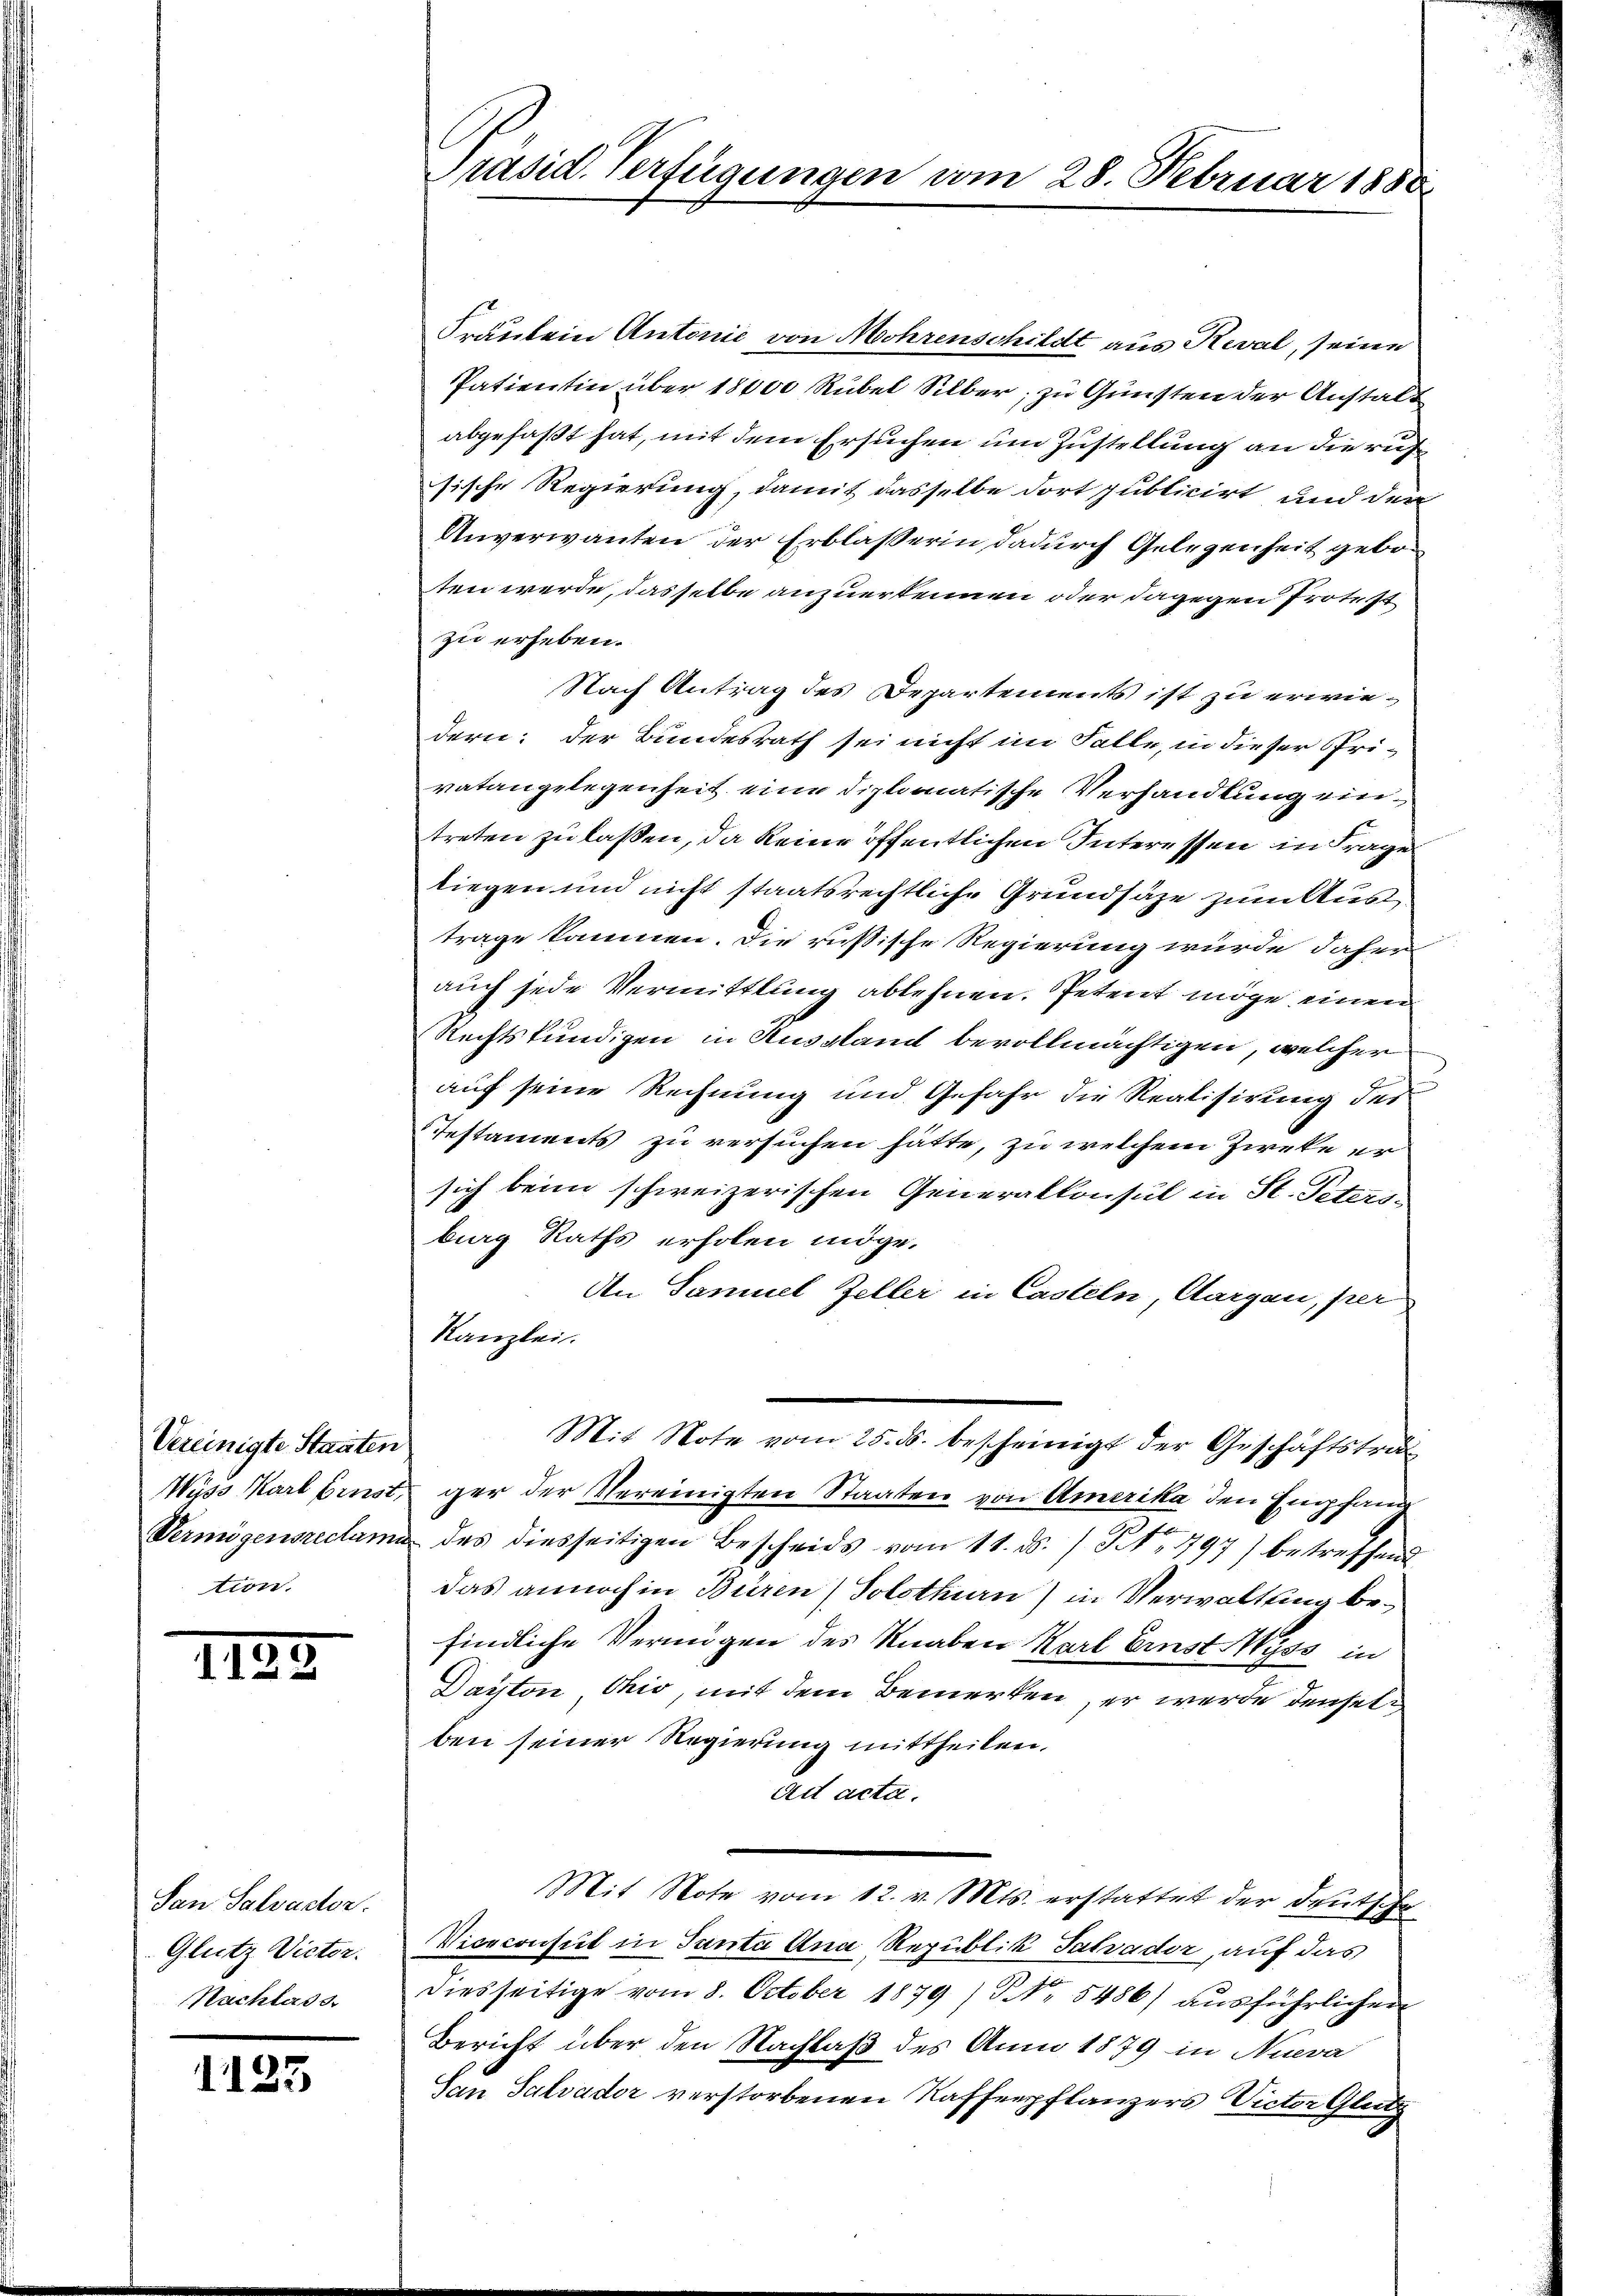
Vereinigte Staaten
tion.

1122

San Salvactor.
Glutz Victor.
Nachlass

1125

Fräulein Antonie von Mohrenschildt aus Reval, seine
Patientin über 18000 Rubel Silber, zu Gunsten der Anstalt
abgefaßt hat, mit dem Ersuchen um Zustellung an die russische Regierung, damit dasselbe dort publicirt und der
Unverwanten der Erblasserin dadurch Gelegenheit geboten werde, dasselbe anzuerkennen oder dagegen Protest
zu erheben.
Nach Antrag des Departements ist zu erwiedern: der Bundesrath sei nicht im Falle, in dieser Privatangelegenheit eine diplomatische Verhandlung eintreten zu laßen, da keine öffentlichen Interessen in Frage
liegen und nicht staatsrechtliche Grundsäze zum Aus
trage kommen. Die rußische Regierung würde daher
auch jede Vermittlung ablehnen. Petent möge einen
Rechtskundigen in Aussland bevollmächtigen, welcher
auf seine Rechnung und Gefahr die Realisirung des
Iestaments zu versuchen hätte, zu welchem Zweke ersich beim schweizerischen Generalkonsul in St. Peters-
birg Raths erholen möge.
An Samuel Zeller in Casteln, Aargau, per
Kanzlei.
Mit Note vom 25. ds. bescheinigt der Geschäftstru¬
Wüss Karl binst gar der Vereinigten Staaten von Amerika den Empfand
Vermögensreclama des diesseitigen Bescheids vom 11. ds. / No. 797) betreffend
das annoch in Büren (Solothurn) in Verwaltung befindliche Vermögen des Knaben Karl Ernst Wyss in
Dayton, Ohio, mit dem Bemerken, er werde denselben seiner Regierung mittheilen.
Act acta.
Mit Note vom 12. v. Mts. erstattet der Deutsche
Viceconsul in Santa Ana Republik Salvader, auf das
diesseitige vom 8. October 1879 No 5486) ausführlichen
Bericht über den Nachlaß des Anno 1879 in Nueva
San Salvador verstorbenen Kaffenpflanzers Victor Glutz

Präsid. Verfügungen vom 28. Februar 1888